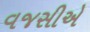
વજસીએ